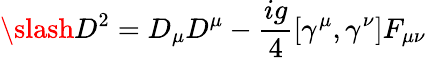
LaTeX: \slash{D}^{2}=D_{\mu}D^{\mu}-\frac{ig}{4}[\gamma^{\mu},\gamma^{\nu}]F_{\mu\nu}